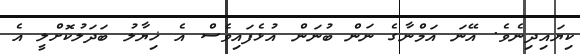
ކިޔައިދިނެވެ. އޭނަ އަމްނާގެ ނަން ބުނަން އުޅެފައިވެސް އެ ޚިޔާލު ބަދަލުކޮށްލީ އެ